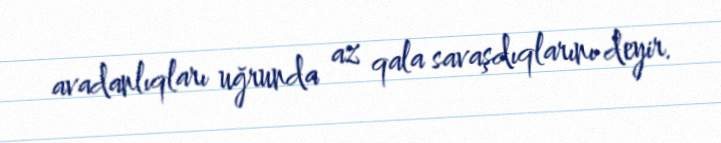
avadanlıqları uğrunda az qala savaşdıqlarını deyir.